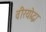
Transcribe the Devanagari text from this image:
वीरयोद्धा